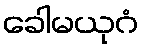
ခေါမယုဂံ